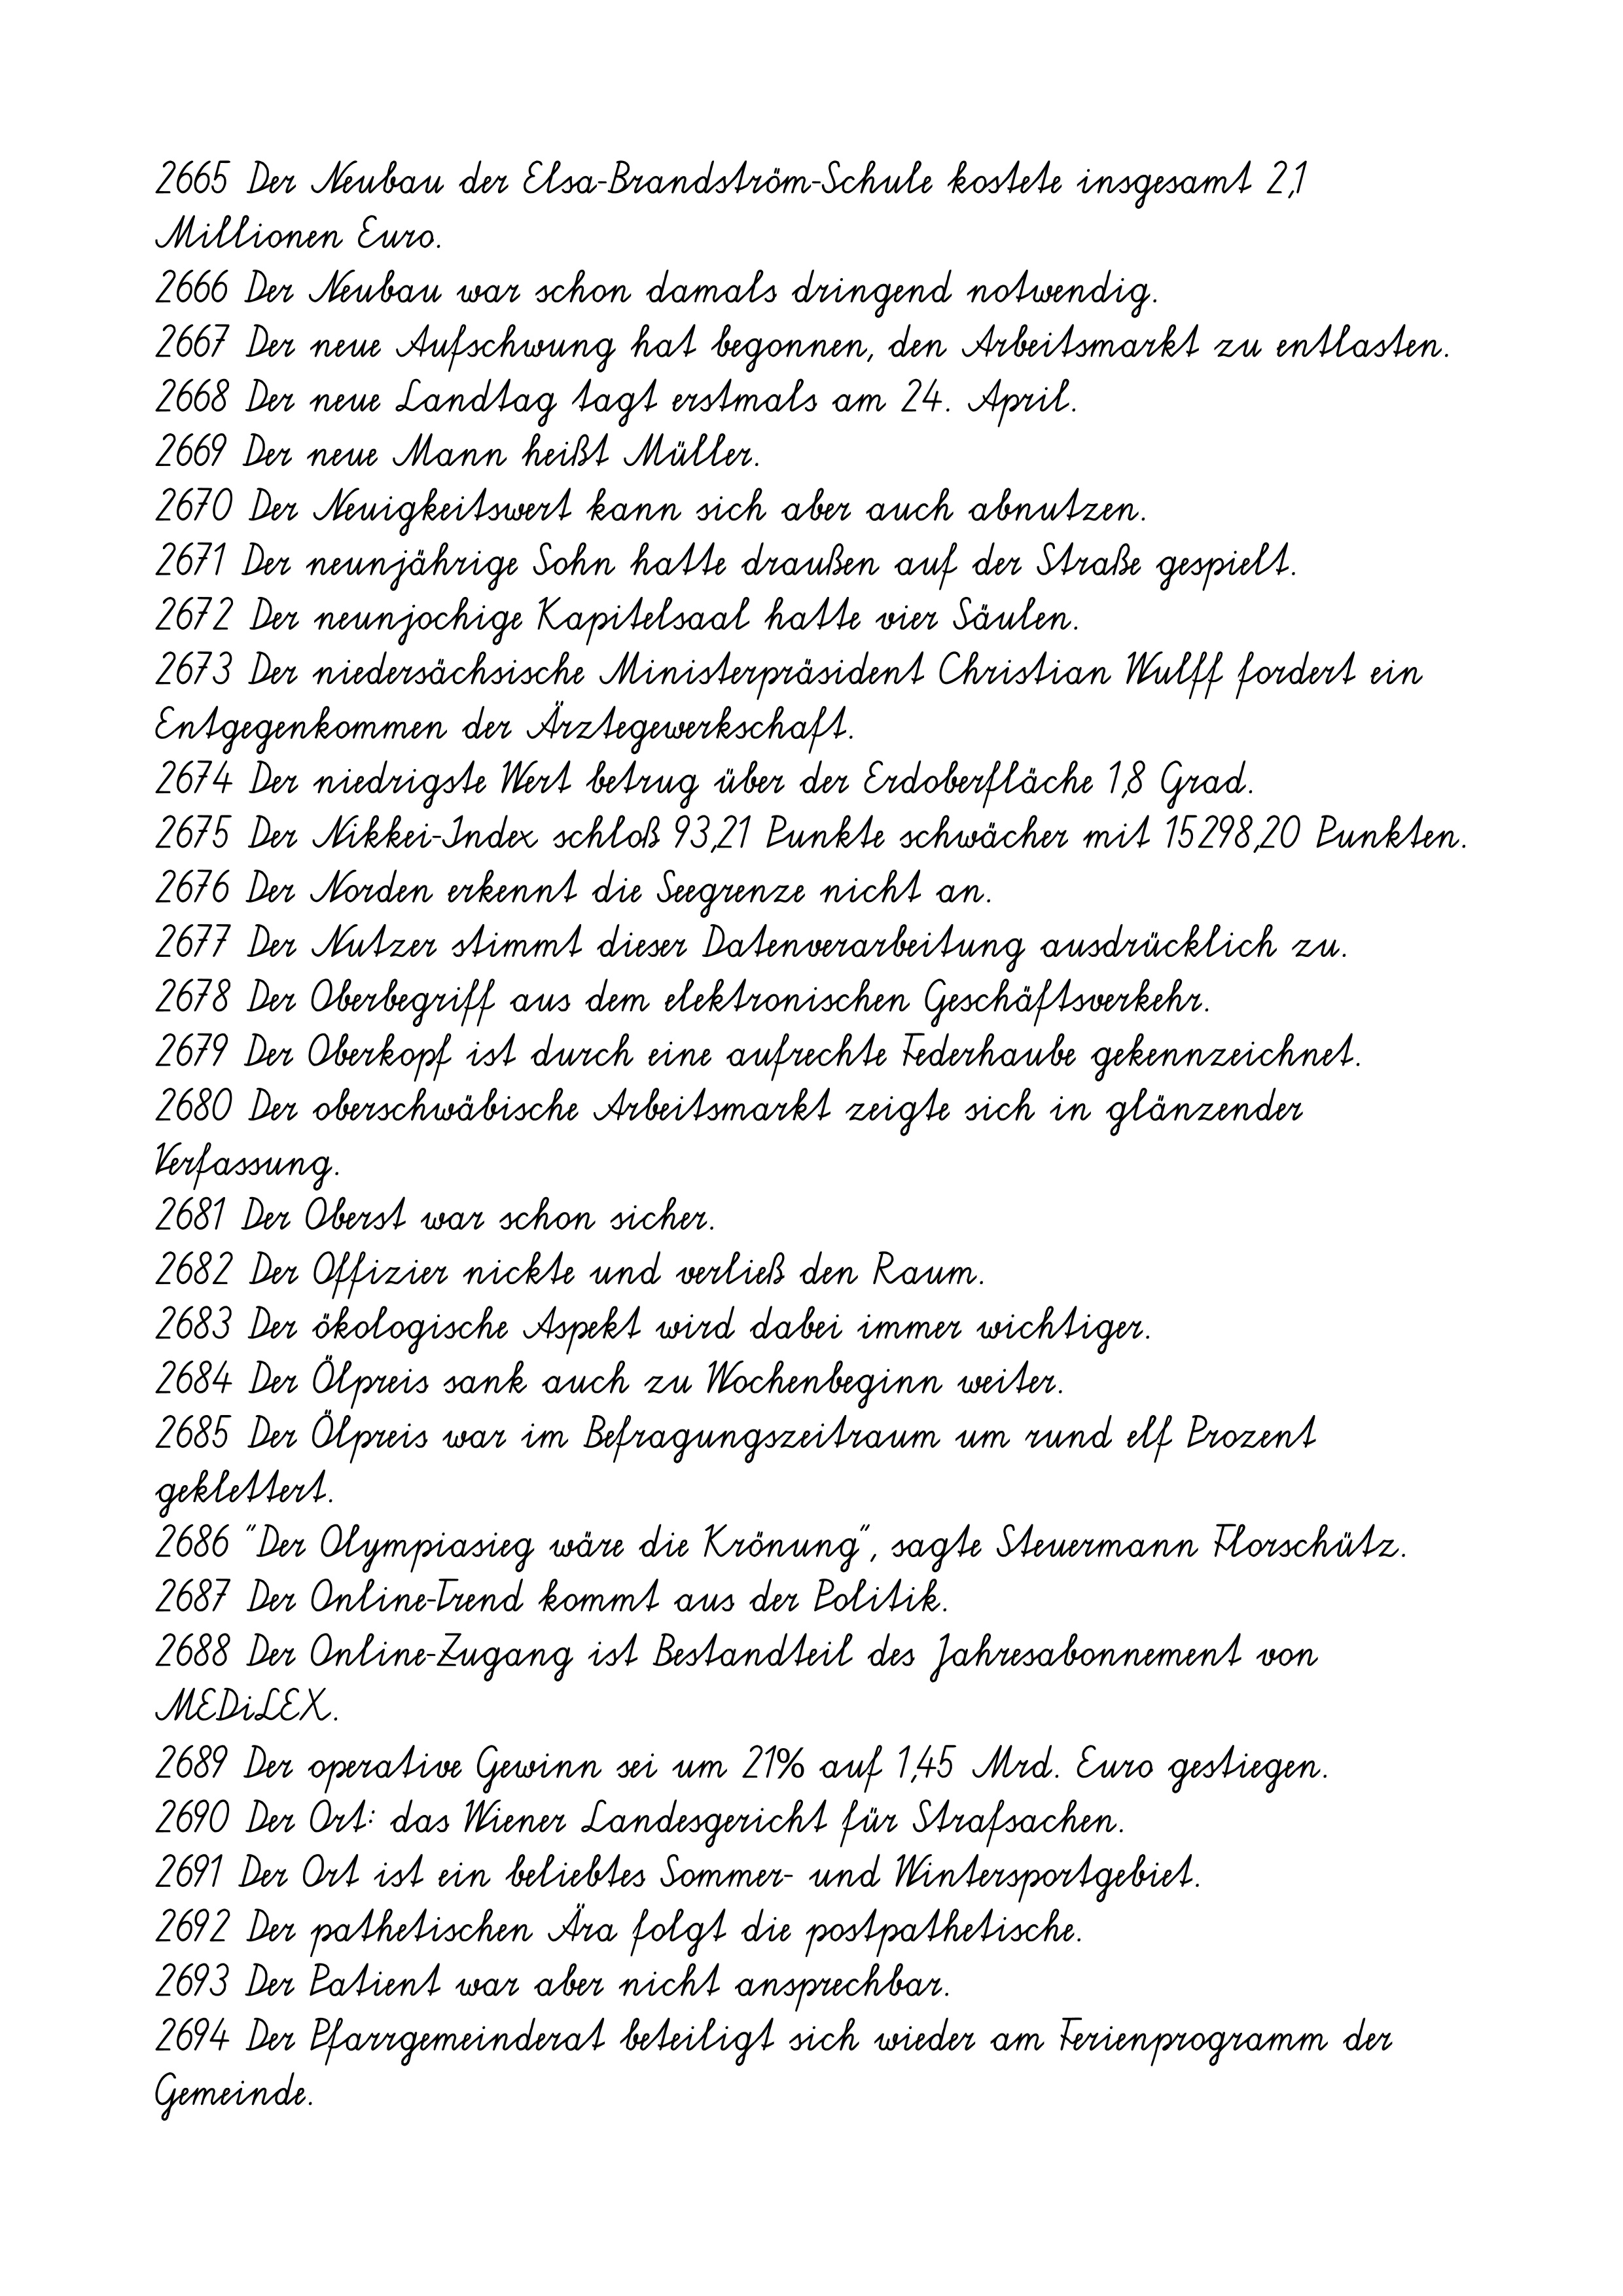
2665 Der Neubau der Elsa-Brandström-Schule kostete insgesamt 2,1
Millionen Euro.
2666 Der Neubau war schon damals dringend notwendig.
2667 Der neue Aufschwung hat begonnen, den Arbeitsmarkt zu entlasten.
2668 Der neue Landtag tagt erstmals am 24. April.
2669 Der neue Mann heißt Müller.
2670 Der Neuigkeitswert kann sich aber auch abnutzen.
2671 Der neunjährige Sohn hatte draußen auf der Straße gespielt.
2672 Der neunjochige Kapitelsaal hatte vier Säulen.
2673 Der niedersächsische Ministerpräsident Christian Wulff fordert ein
Entgegenkommen der Ärztegewerkschaft.
2674 Der niedrigste Wert betrug über der Erdoberfläche 1,8 Grad.
2675 Der Nikkei-Index schloß 93,21 Punkte schwächer mit 15298,20 Punkten.
2676 Der Norden erkennt die Seegrenze nicht an.
2677 Der Nutzer stimmt dieser Datenverarbeitung ausdrücklich zu.
2678 Der Oberbegriff aus dem elektronischen Geschäftsverkehr.
2679 Der Oberkopf ist durch eine aufrechte Federhaube gekennzeichnet.
2680 Der oberschwäbische Arbeitsmarkt zeigte sich in glänzender
Verfassung.
2681 Der Oberst war schon sicher.
2682 Der Offizier nickte und verließ den Raum.
2683 Der ökologische Aspekt wird dabei immer wichtiger.
2684 Der Ölpreis sank auch zu Wochenbeginn weiter.
2685 Der Ölpreis war im Befragungszeitraum um rund elf Prozent
geklettert.
2686 "Der Olympiasieg wäre die Krönung", sagte Steuermann Florschütz.
2687 Der Online-Trend kommt aus der Politik.
2688 Der Online-Zugang ist Bestandteil des Jahresabonnement von
MEDiLEX.
2689 Der operative Gewinn sei um 21% auf 1,45 Mrd. Euro gestiegen.
2690 Der Ort: das Wiener Landesgericht für Strafsachen.
2691 Der Ort ist ein beliebtes Sommer- und Wintersportgebiet.
2692 Der pathetischen Ära folgt die postpathetische.
2693 Der Patient war aber nicht ansprechbar.
2694 Der Pfarrgemeinderat beteiligt sich wieder am Ferienprogramm der
Gemeinde.